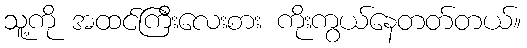
သူ့ကို အထင်ကြီးလေးစား ကိုးကွယ်နေတတ်တယ်။